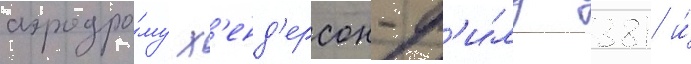
аэродро́му х'енд'ерсон-ф'и́лд 381 и́